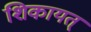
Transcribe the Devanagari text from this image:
शिकायत्